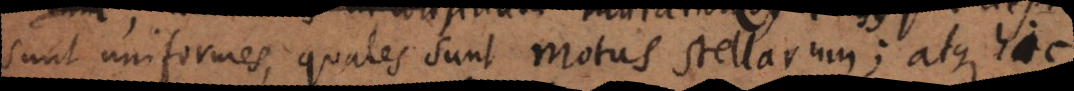
sunt uniformes, quales sunt motus stellarum; atque hic